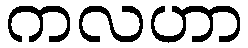
ကလဟာ